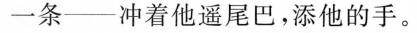
一条——冲着他遥尾巴，添他的手。